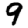
Digit: 9